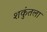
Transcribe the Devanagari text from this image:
शकंुतला